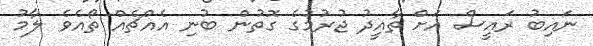
ނައިބު ރައީސް އަށް ތާއީދު ޖުރުމުގެ ގޮތުން ބުނި އެއްޗެއް ތޯއެވެ ލާމު